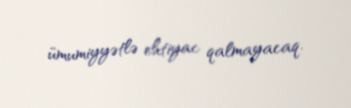
ümumiyyətlə ehtiyac qalmayacaq.